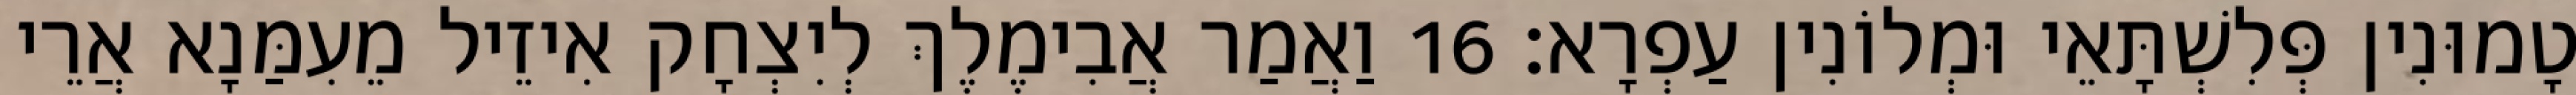
טָמוּנִין פְּלִשְׁתָּאֵי וּמְלוֹנִין עַפְרָא׃ 16 וַאֲמַר אֲבִימֶלֶךְ לְיִצְחָק אִיזֵיל מֵעִמַּנָא אֲרֵי